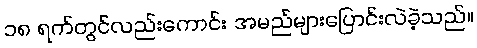
၁၈ ရက်တွင်လည်းကောင်း အမည်များပြောင်းလဲခဲ့သည်။